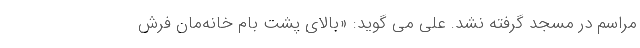
مراسم در مسجد گرفته نشد. علی می گوید: «بالای پشت بام خانه‌مان فرش